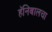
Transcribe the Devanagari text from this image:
हॅनिबालचा